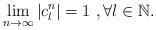
LaTeX: \begin{align*}\displaystyle{\lim_{n\rightarrow\infty}|c_{l}^{n}|=1\ ,\forall l\in\mathbb{N}.} \end{align*}